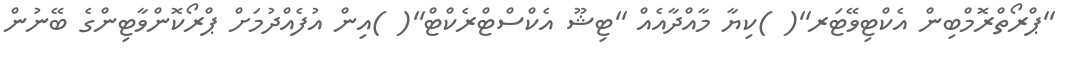
''ޕްރޯތްރޮމްބިން އެކްޓިވޭޓަރ''( )ކިޔާ މާއްދާއެއް ''ޓިޝޫ އެކްސްޓްރެކްޓް''( )އިން އުފެއްދުމަށް ޕްރޯކޮންވާޓިންގެ ބޭނުން